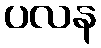
ပလန